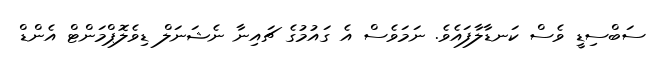
ސަބްސިޑީ ވެސް ކަނޑާލާފައެވެ. ނަމަވެސް އެ ގައުމުގެ ޗައިނާ ނެޝަނަލް ޑިވެލޮޕްމަންޓް އެންޑް